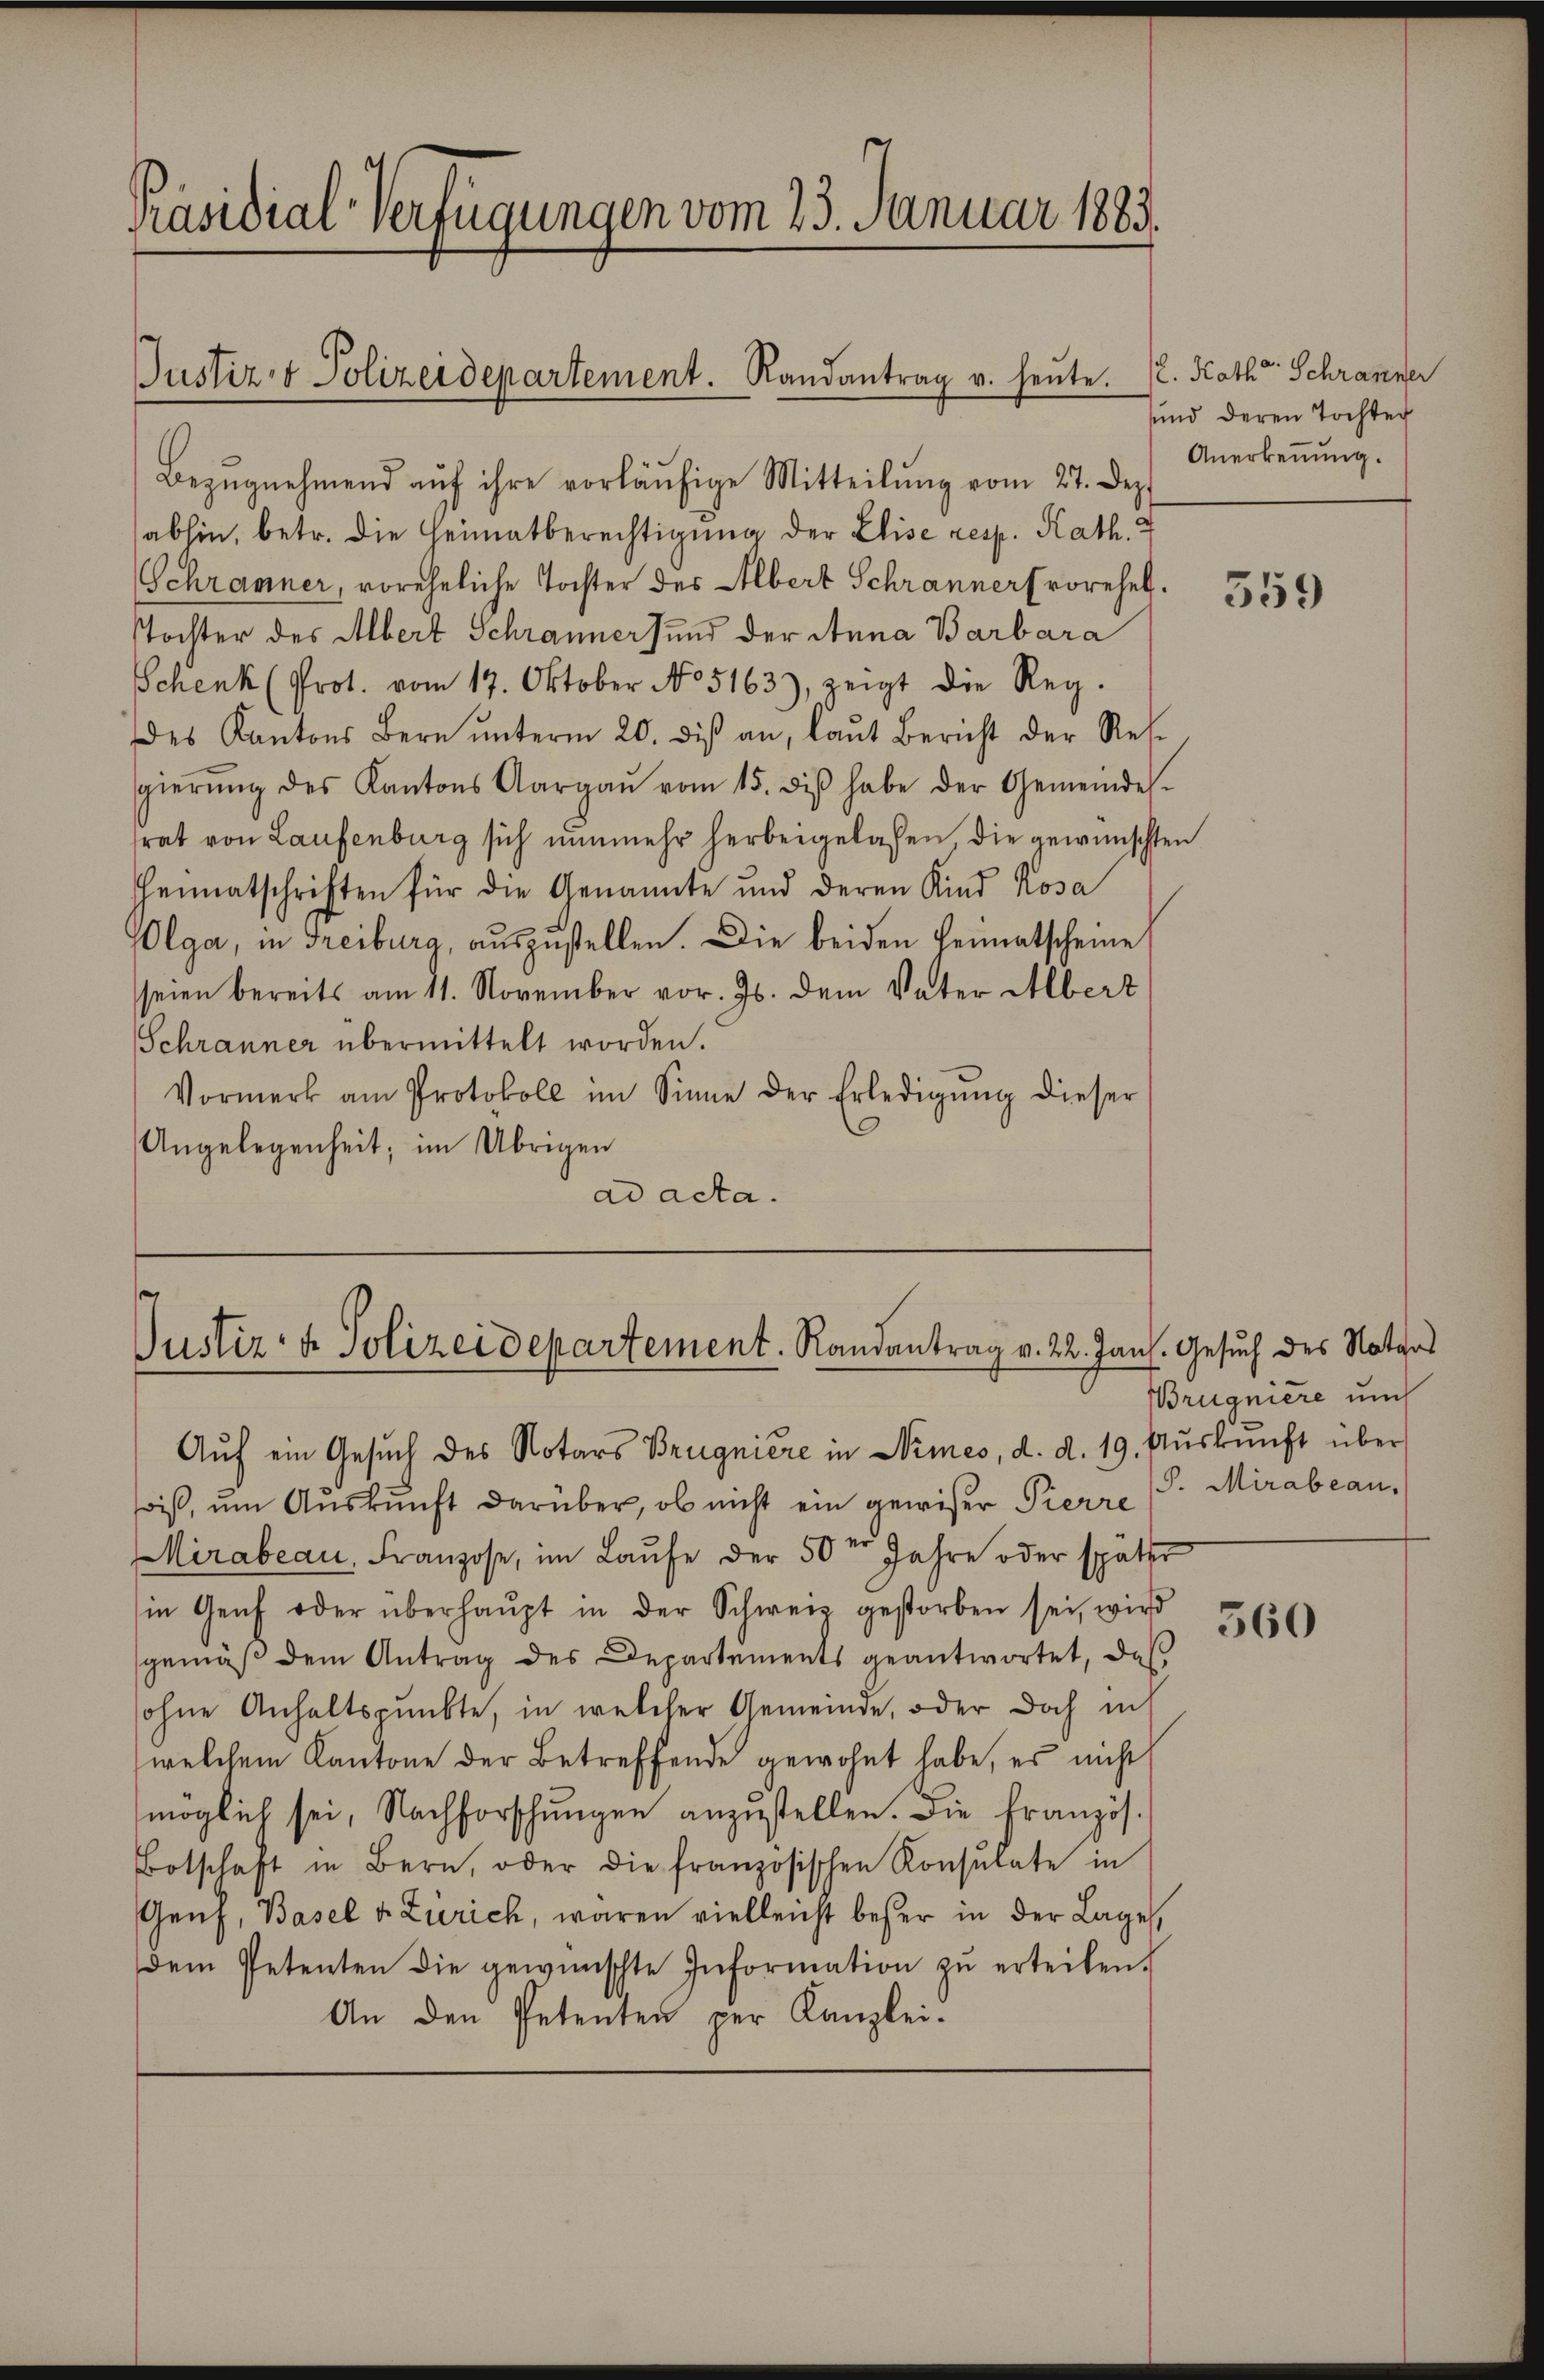
Präsidial-Verfügungen vom 23. Januar 1883.

Bezŭgnehmend aŭf ihre vorläŭfige Mitteilŭng vom 27. Dez
abhin, betr. die Heimatberechtigung der Elise resp. Kath.
Schranner, voreheliche Tochter des Albert Schranner vorehel.
Tochter des Albert Schranners und der Anna Barbara
Schenk (Prot. vom 17. Oktober No 5163), zeigt die Reg.
des Kantons Bern ŭnterm 20. diβ an, laut Bericht der Res-
gierŭng des Kantons Aargaŭ vom 15. diβ habe der Gemeindes.
srat von Laufenburg sich nunmehr herbeigelassen die gewünschten
Heimatschriften für die Genannte und deren Kind Rosa
Olga, in Freiburg, auszustellen. Die beiden Heimatscheine
seien bereits am 11. November vor. Js. dem Vater Albert
Schranner übermittelt worden.
Vormerk am Protokoll im Sinne der Erledigŭng dieser
Angelegenheit; im Übrigen
ad acta.

Justiz- & Polizeidepartement. Randantrag u. heute. P. Kath Schranner

Justiz- & Polizeidepartement. Randantrag v. 22. Jans. Gesuch des Notars

Aŭf ein Gesuch des Notars Brugnière in Nimes, d. d. 19. Aŭskŭnft über
so ist, um Auskunft darüber, ob nicht ein gewiser Pierre
Mirabeau, Franzose, im Laŭfe der 50er Jahre oder später
in Genf oder überhaŭpt in der Schweiz gestorben sei, wird
gemäβ dem Antrag des Departements geantwortet, daβ
sohne Anhaltspunkte, in welcher Gemeinde, oder doch in
welchem Kantone der Betreffende gewohnt habe, es nicht
möglich sei, Nachforschungen anzustellen. Die Französ.
Botschaft in Bern, oder die französischen Konsulate in
Genf, Basel v. Zürich, waren vielleicht beser in der Lage
dem Petenten die gewünschte Information zŭ erteilen.
An den Petenten per Kanzlei-

sund deren Tochter
Anerkennung.

359

Brugniere und
P. Mirabean

360